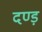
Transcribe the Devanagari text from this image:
दण्ड़